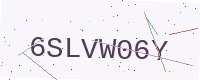
Text: 6SLVW06Y